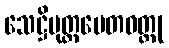
သေဋ္ဌိပုတ္တပေတဝတ္ထု